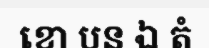
ខោ បន ឯ តំ